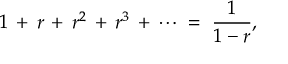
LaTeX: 1 \, + \, r \, + \, r ^ { 2 } \, + \, r ^ { 3 } \, + \, \cdots \; = \; { \frac { 1 } { 1 - r } } ,